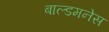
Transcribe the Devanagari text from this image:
बाल्डमनेस